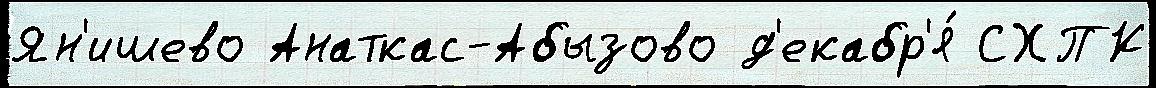
Ян'ишево Анаткас-Абызово д'екабр'я́ СХПК